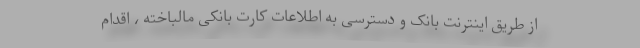
از طریق اینترنت بانک و دسترسی به اطلاعات کارت بانکی مالباخته ، اقدام